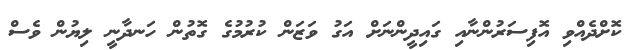
ކޮށްދެއްވި އޮފިސަރުންނާއި ގައިދީންނަށް އަގު ވަޒަން ކުރުމުގެ ގޮތުން ހަނދާނީ ލިޔުން ވެސް